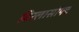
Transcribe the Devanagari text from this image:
बिरलासोफ्ट